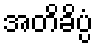
အတိခိပ္ပံ